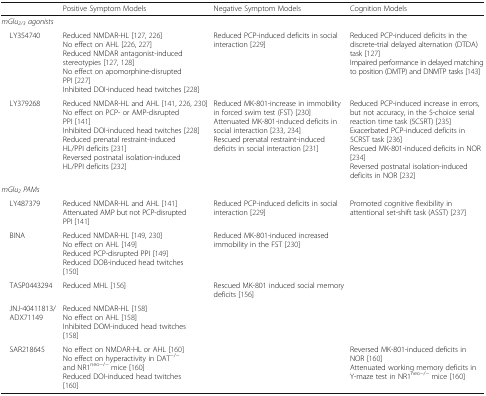
<table><thead><tr><td></td><td><b>Positive Symptom Models</b></td><td><b>Negative Symptom Models</b></td><td><b>Cognition Models</b></td></tr></thead><tbody><tr><td colspan="4"><i>mGlu</i><sub><i>2/3</i></sub><i>agonists</i></td></tr><tr><td> LY354740</td><td>Reduced NMDAR-HL [127, 226]No effect on AHL [226, 227]Reduced NMDAR antagonist-induced stereotypies [127, 128]No effect on apomorphine-disrupted PPI [227]Inhibited DOI-induced head twitches [228]</td><td>Reduced PCP-induced deficits in social interaction [229]</td><td>Reduced PCP-induced deficits in the discrete-trial delayed alternation (DTDA) task [127]Impaired performance in delayed matching to position (DMTP) and DNMTP tasks [143]</td></tr><tr><td> LY379268</td><td>Reduced NMDAR-HL and AHL [141, 226, 230]No effect on PCP- or AMP-disrupted PPI [141]Inhibited DOI-induced head twitches [228]Reduced prenatal restraint-induced HL/PPI deficits [231]Reversed postnatal isolation-induced HL/PPI deficits [232]</td><td>Reduced MK-801-increase in immobility in forced swim test (FST) [230]Attenuated MK-801-induced deficits in social interaction [233, 234]Rescued prenatal restraint-induced deficits in social interaction [231]</td><td>Reduced PCP-induced increase in errors, but not accuracy, in the 5-choice serial reaction time task (5CSRT) [235]Exacerbated PCP-induced deficits in 5CRST task [236]Rescued MK-801-induced deficits in NOR [234]Reversed postnatal isolation-induced deficits in NOR [232]</td></tr><tr><td colspan="4"><i>mGlu</i><sub><i>2</i></sub><i>PAMs</i></td></tr><tr><td> LY487379</td><td>Reduced NMDAR-HL and AHL [141]Attenuated AMP but not PCP-disrupted PPI [141]</td><td>Reduced PCP-induced deficits in social interaction [229]</td><td>Promoted cognitive flexibility in attentional set-shift task (ASST) [237]</td></tr><tr><td> BINA</td><td>Reduced NMDAR-HL [149, 230]No effect on AHL [149]Reduced PCP-disrupted PPI [149]Reduced DOB-induced head twitches [150]</td><td>Reduced MK-801-induced increased immobility in the FST [230]</td><td></td></tr><tr><td> TASP0443294</td><td>Reduced MHL [156]</td><td>Rescued MK-801 induced social memory deficits [156]</td><td></td></tr><tr><td> JNJ-40411813/ADX71149</td><td>Reduced NMDAR-HL [158]No effect on AHL [158]Inhibited DOM-induced head twitches [158]</td><td></td><td></td></tr><tr><td> SAR218645</td><td>No effect on NMDAR-HL or AHL [160]No effect on hyperactivity in DAT<sup>−/−</sup> and NR1<sup>neo−/−</sup> mice [160]Reduced DOI-induced head twitches [160]</td><td></td><td>Reversed MK-801-induced deficits in NOR [160]Attenuated working memory deficits in Y-maze test in NR1<sup>neo−/−</sup> mice [160]</td></tr></tbody></table>